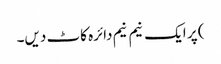
) پر ایک نیم نیم دائرہ کاٹ دیں۔